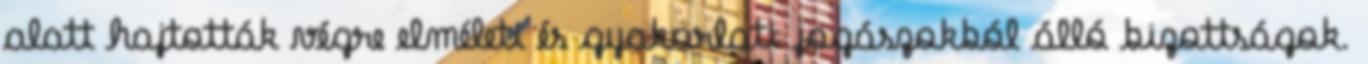
alatt hajtották végre elméleti és gyakorlati jogászokból álló bizottságok.